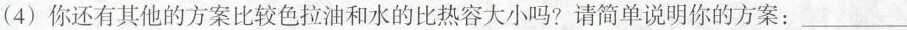
(4)你还有其他的方案比较色拉油和水的比热容大小吗?请简单说明你的方案：___